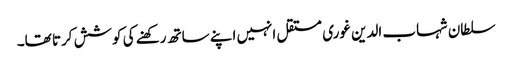
سلطان شہاب الدین غوری مستقل انہیں اپنے ساتھ رکھنے کی کوشش کرتا تھا۔